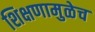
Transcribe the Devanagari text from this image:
शिक्षणामुळेच